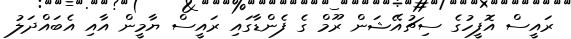
ރައީސް އޮފީހުގެ ސިޗުއޭޝަން ރޫމް ގެ ފެންޑާގައި ރައީސް ޔާމީން އާއި އެބައްދަލު